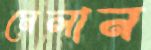
মেলান